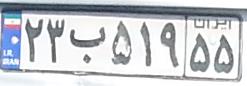
۲۳ب۵۱۹۵۵